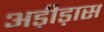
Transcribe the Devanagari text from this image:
अड़ीड़ास